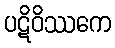
ပဋိဝိဿကေ